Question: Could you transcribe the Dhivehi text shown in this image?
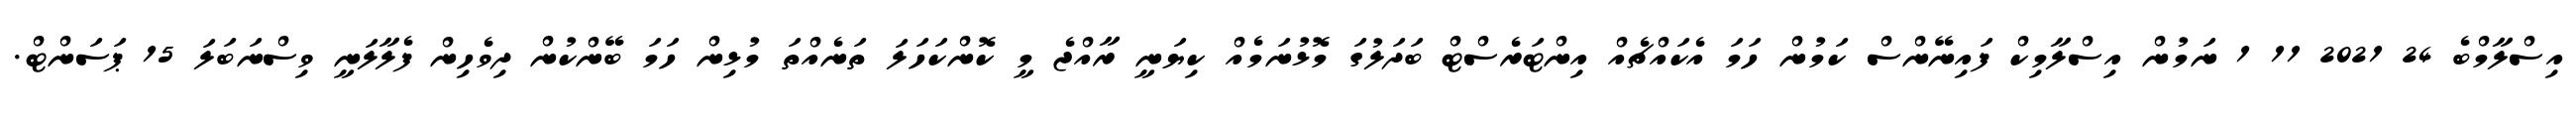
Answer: އިސްލާމްބެ 24 2021 11 1 ނަމުން އިސްލާމިކް ފައިނޭންސް ކަމުން ހަމަ އެކައްޗެއް އިންޓަރެސްޓް ބަދަލުގަ މޮޅުނަމެއް ކިޔަނީ ރާއްޖެ މީ ކޮންކަހަލަ ތަނެއްތަ މުޅިން ހަމަ ބޭންކުން ދިވެހިން ފެލާލަނީ ވިސްނަބަލަ 15 ޕަސަންޓް.